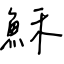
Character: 穌